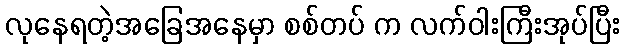
လုနေရတဲ့အခြေအနေမှာ စစ်တပ် က လက်ဝါးကြီးအုပ်ပြီး